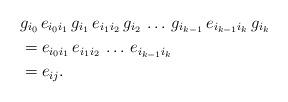
LaTeX: \begin{align*}& g_{i_0} \, e_{i_0 i_1} \, g_{i_1} \, e_{i_1 i_2} \, g_{i_2} \, \ldots \, g_{i_{k-1}} \, e_{i_{k-1} i_k} \, g_{i_k} \\& = e_{i_0 i_1} \, e_{i_1 i_2} \, \ldots \, e_{i_{k-1} i_k} \\& = e_{ij}.\end{align*}